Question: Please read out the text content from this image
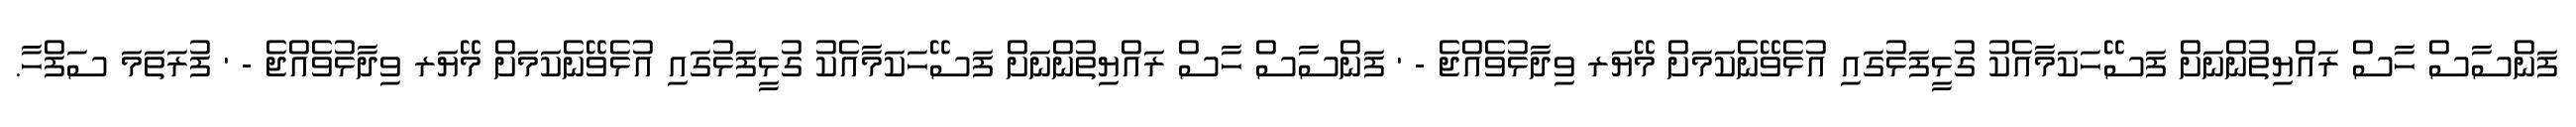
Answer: ފަންސާސް ހާސް ރައްޔިތުންނަށް ފަސޭހަކަމާއެކު ގުޅީފަޅުގައި އުޅެވޭނެކަމަށް މޭޔަރ ވިދާޅުވެއްޖެ - ' ފަންސާސް ހާސް ރައްޔިތުންނަށް ފަސޭހަކަމާއެކު ގުޅީފަޅުގައި އުޅެވޭނެކަމަށް މޭޔަރ ވިދާޅުވެއްޖެ - ' ފުރަތަމަ ސަފްހާ.